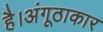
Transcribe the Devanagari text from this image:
है।अंगूठाकार